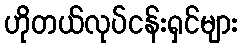
ဟိုတယ်လုပ်ငန်းရှင်များ